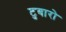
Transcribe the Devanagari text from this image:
टुबारो